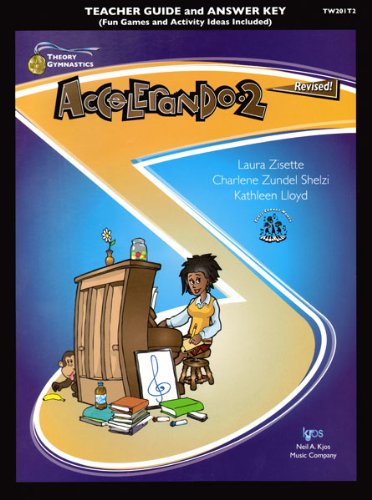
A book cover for TW201T2 - Theory Gymnastics - Accelerando 2 Teacher's Guide Revised; Laura Zisette; Sports & Outdoors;